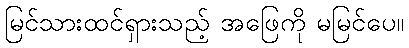
မြင်သားထင်ရှားသည့် အဖြေကို မမြင်ပေ။